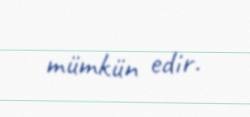
mümkün edir.